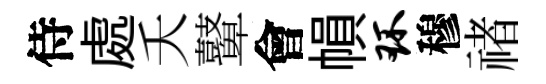
侍處夭鼙會𢄙环穆禇